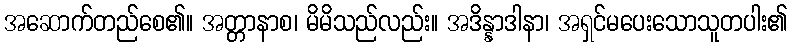
အဆောက်တည်စေ၏။ အတ္တာနာစ၊ မိမိသည်လည်း။ အဒိန္နာဒါနာ၊ အရှင်မပေးသောသူတပါး၏